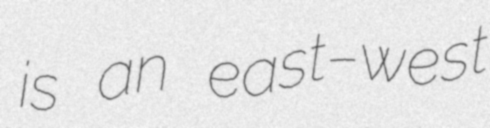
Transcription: is an east–west